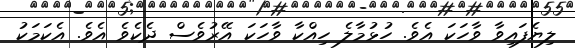
ލިޔެފައިވާ ވާހަކަ އެވެ. ހުޅުމާލެ ހިއްކާ ވާހަކަ އޭރުވެސް ދެކެވެ އެވެ. އެކަމަކު